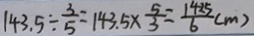
1 4 3 . 5 \div \frac { 3 } { 5 } = 1 4 3 . 5 \times \frac { 5 } { 3 } = \frac { 1 4 2 5 } { 6 } ( m )